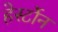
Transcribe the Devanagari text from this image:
हेर्स्टोन